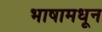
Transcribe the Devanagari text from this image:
भाषामधून